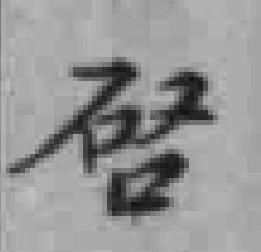
啓